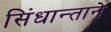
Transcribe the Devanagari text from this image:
सिंधान्ताने